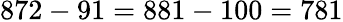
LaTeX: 872-91=881-100=781